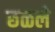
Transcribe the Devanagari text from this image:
छळले